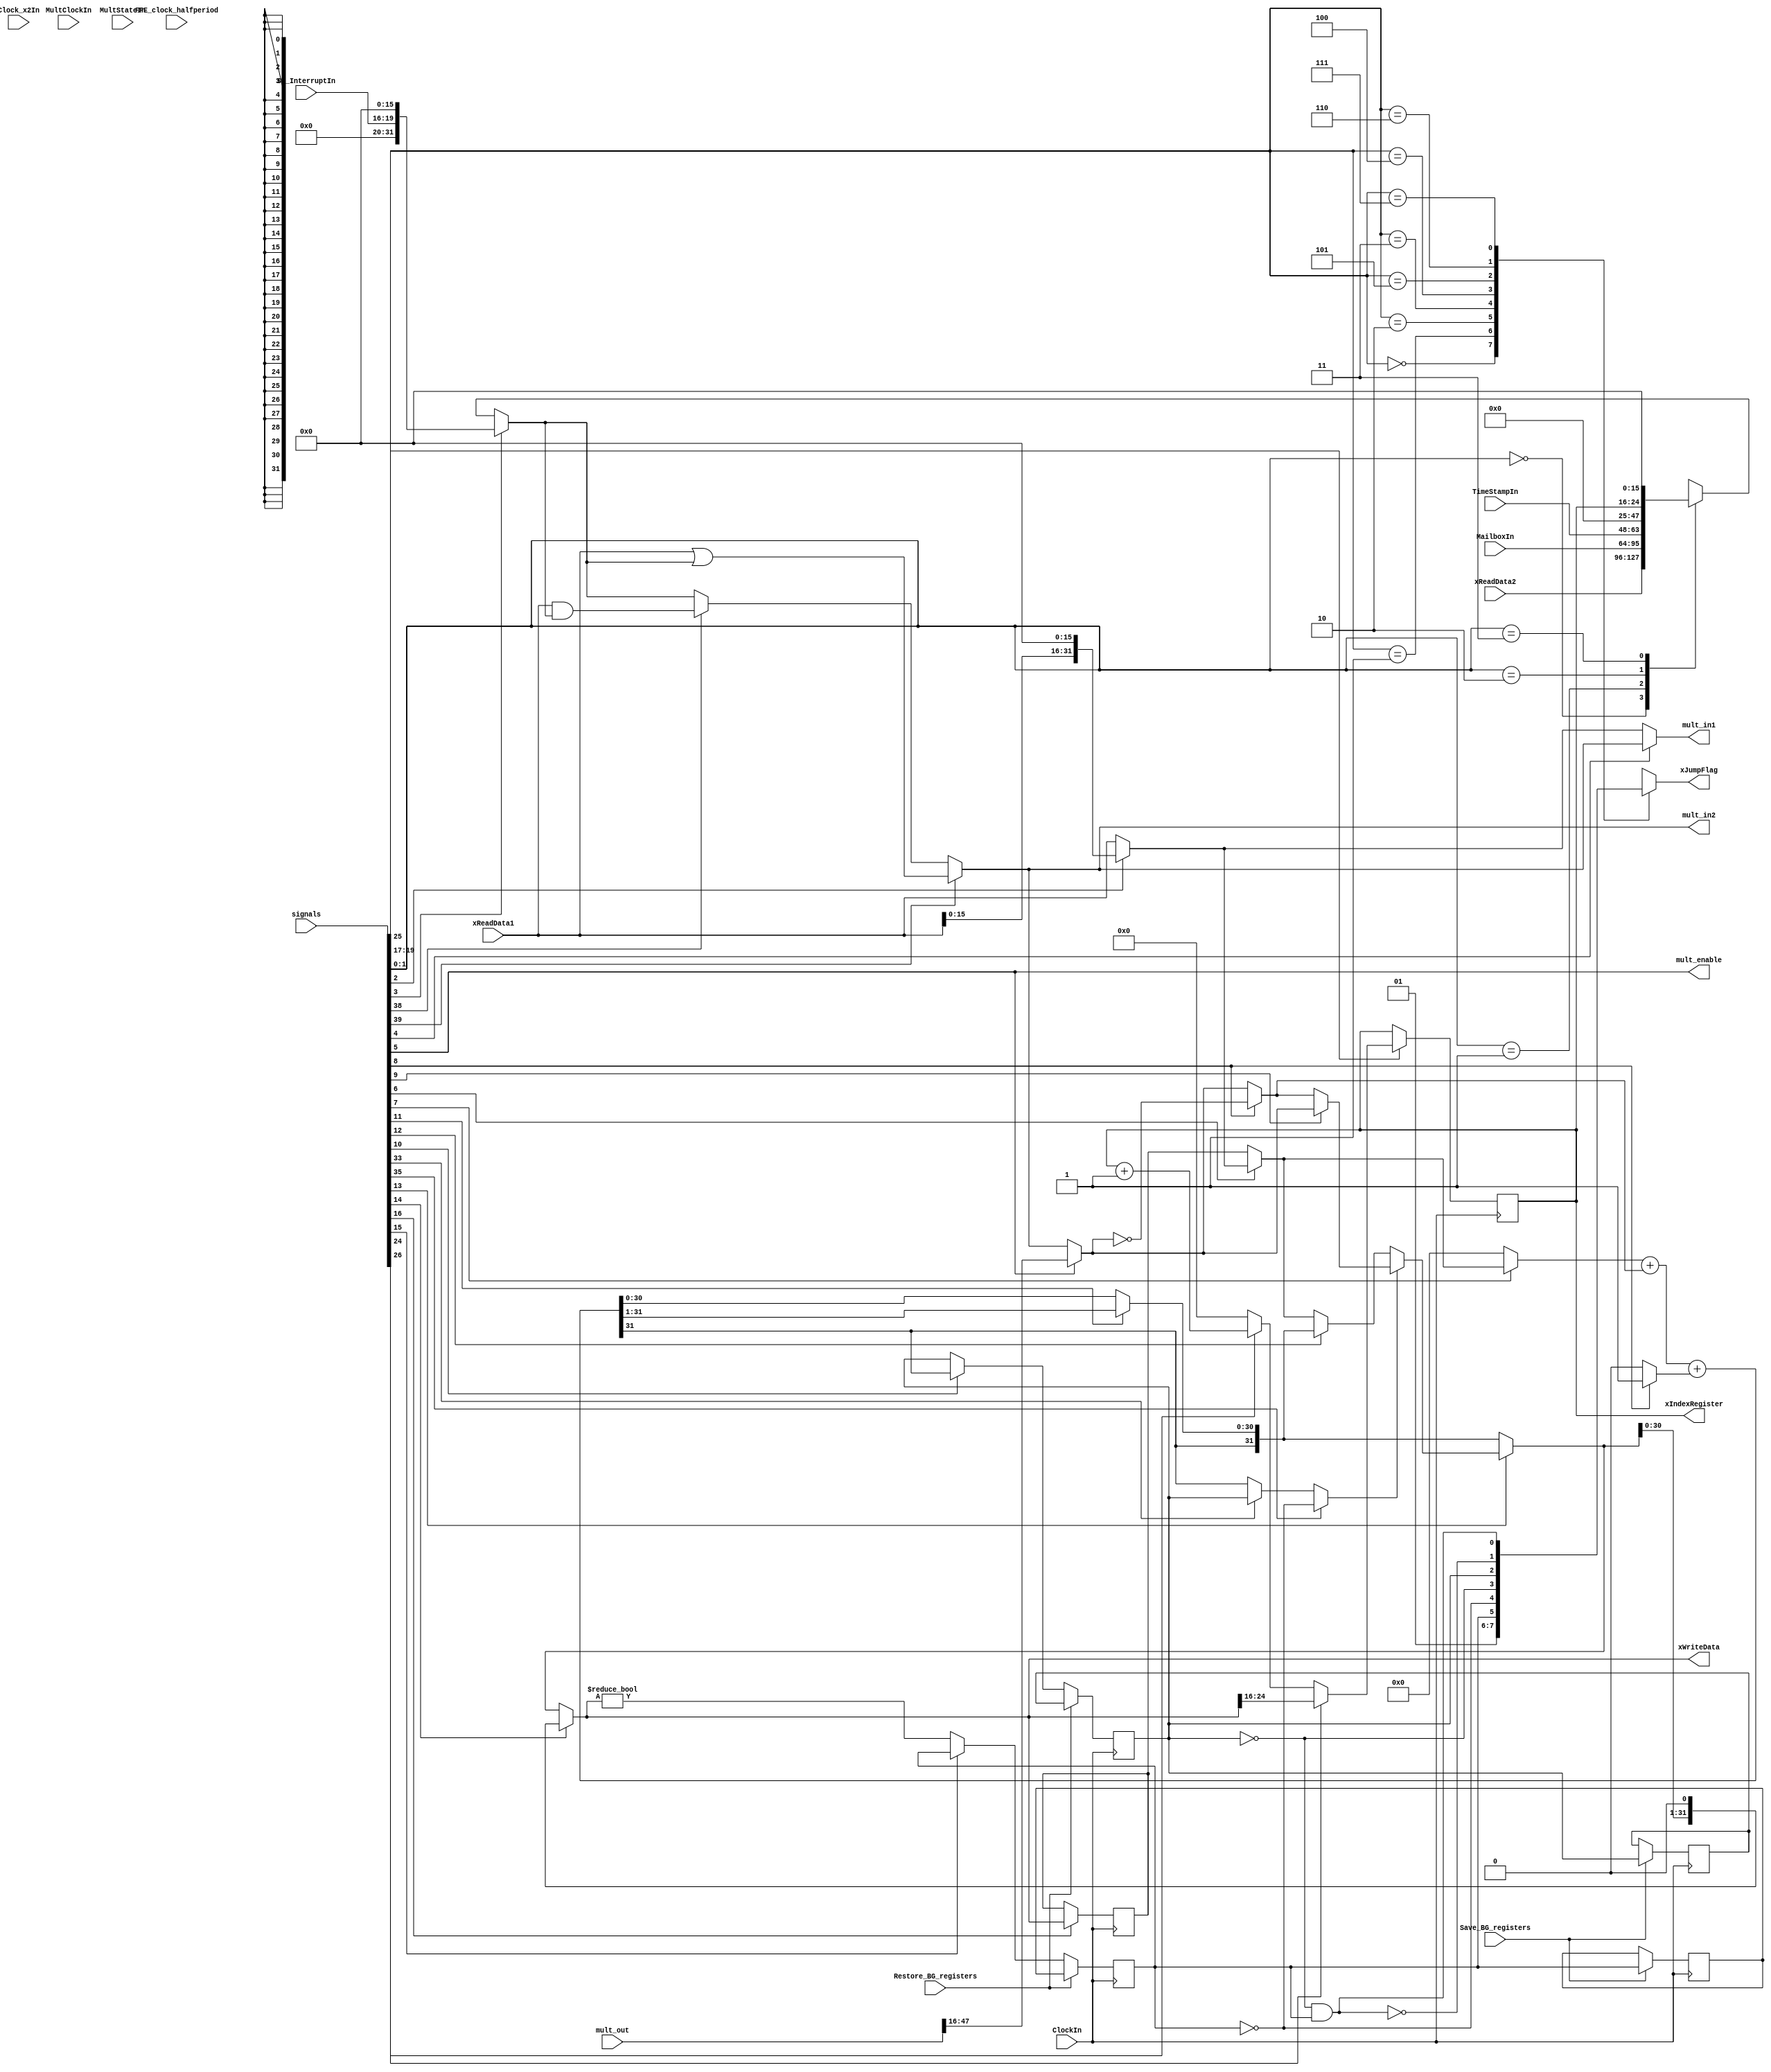
module FFE_ALU 	(	
	input 		[31:0] 	xReadData1,
	input 		[31:0] 	xReadData2,
	input 		[63:0] 	signals,
	input				ClockIn,
	input				Clock_x2In,
	input				FFE_clock_halfperiod,
	input		[15:0]	TimeStampIn,
	input		[31:0]	MailboxIn,
	input		[3:0]	SM_InterruptIn,
	input				MultClockIn,
	input		[3:0]	MultStateIn,
	output 		[8:0] 	xIndexRegister,
	output 		[31:0] 	xWriteData,
	output 	reg			xJumpFlag,
	input 				Save_BG_registers,
	input 				Restore_BG_registers,

	output		[31:0]	mult_in1,
	output		[31:0]	mult_in2,
	output				mult_enable,
	input		[63:0]	mult_out
);
 

wire		[31:0]	xT0, xT1, xT2;
//wire		[31:0]	xT3;		// defined below, depending on the multiplier implementation
wire		[31:0]	xT4;
reg			[31:0]	xT5;
wire		[31:0]	xT6, xT7, xT8, xT9;
wire		[31:0]	xT10, xT11, xT12, xT13, xT14, xT15, xT16, xT17, xT18, xT19, xT20, xT21, xT22;
reg			[31:0]	xT23;
wire		[31:0]	xT24, xT25;
wire		[8:0]	xT26, xT27, xT28;
reg			[8:0]	xT29;
wire		[31:0]	xT30;
wire signed	[31:0]	xT12_signed;
wire				f0;
reg					f2, f5, f2_BG, f5_BG;
wire				f3, f6;
reg					f2_latched, f2_BG_latched;
reg			[31:0]	xT5_latched;
reg					f5_latched, f5_BG_latched;
reg			[8:0]	xT29_latched;

// compiler options, from rtl_defines.v
// ENABLE_FFE_F0_EXTENDED_DM
// ENABLE_FFE_F0_SINGLE_DM
// ENABLE_FFE_F0_PROGRAMMABLE_SEG0_OFFSET
// FFE_F0_SEG0_OFFSET  [value]

// compiler directives related to CM size:
// ENABLE_FFE_F0_CM_SIZE_2K
// ENABLE_FFE_F0_CM_SIZE_4K
// ENABLE_FFE_F0_CM_SIZE_3K	(future support if needed)



// select the multiplier implementation
`define ASSP_MULT

`ifdef FullSingleCycle
	wire	[63:0]	xT3;
	wire	[63:0]	xT1extended, xT2extended;

	assign xT1extended[63:0]	= { {32{xT1[31]}}, xT1[31:0] };
	assign xT2extended[63:0]	= { {32{xT2[31]}}, xT2[31:0] };
	assign xT3					= xT1extended * xT2extended;
	assign xT4					= (xT3 >> 16);

`elsif Handicapped
	wire	[31:0]	xT3;
	assign xT3	= xT1 + xT2;	// replace multiplier with adder
	assign xT4	= xT3;

`elsif MultiCycle
	wire	[31:0]	xT3;
	Multiplier Multiplier_1 (
		.ClockIn	( MultClockIn	),
		.StateIn	( MultStateIn	),
		.Arg1In		( xT1			),
		.Arg2In		( xT2			),
		.ResultOut	( xT3			)
	);
	assign xT4	= xT3;

`elsif ASSP_MULT
	wire	[63:0]	xT3;

	assign xT3 = mult_out;
	assign xT4 = (xT3 >> 16);
				
`else
	wire	[31:0]	xT3;

	assign xT3 = 0;
	assign xT4 = 0;

`endif


// drive the outputs for the ASSP multiplier
assign mult_in1 = xT1;
assign mult_in2 = xT2;
assign mult_enable = signals[5];



assign xT22			= signals[2] ? (xReadData1<<16) : xReadData1;

always @(*)
	case (signals[1:0])
		2'b00:	xT23 <= xReadData2;
		2'b01:	xT23 <= MailboxIn;
		2'b10:	xT23 <= {TimeStampIn[15:0], 16'b0};
		2'b11:	xT23 <= {7'b0, xT29[8:0], 16'b0};	// IndexReg
	endcase

assign xT24			= signals[3] ? {12'b0, SM_InterruptIn[3:0], 16'b0} : xT23;
assign xT30			= xReadData1 & xT24;
assign xT9			= signals[38] ? xT30 : xT24;
assign xT21			= xReadData1 | xT24;
assign xT25			= signals[39] ? xT21 : xT9;

assign xT0			= signals[4] ? xT25 : xT22;

assign xT12_signed	= xT12;
// remove these muxes to save space
//assign xT1	= signals[5] ? xT0 : xT1;		// this mux (latch) keeps the multiplier inputs stable, to save power
//assign xT2	= signals[5] ? xT25 : xT2;		// this mux (latch) keeps the multiplier inputs stable, to save power
assign xT1		= xT0;
assign xT2		= xT25;

assign xT7		= signals[5] ? xT4 : xT25;
assign xT10		= signals[8] ? ~xT7 : xT7;
assign xT11		= signals[8] ? 32'b1 : 32'b0;
assign xT13		= signals[9] ? xT7 : xT10;
assign xT6		= signals[6] ? xT22 : xT5;
assign xT8		= signals[7] ? xT6 : 32'b0;
assign xT12		= xT8 + xT10 + xT11;
assign xT14		= (xT12_signed >>> 1);
assign xT16		= signals[11] ? xT14 : xT12;
assign xT19		= signals[12] ? xT16 : xT6;
assign f0		= xT12[31];

// Sign bit
`ifndef ENABLE_FFE_F0_SINGLE_DM
	// double DM, default behavior
	
	`ifdef ENABLE_FFE_F0_CM_SIZE_4K
		// 4k CM
		always @(posedge Clock_x2In) begin
			if (FFE_clock_halfperiod) begin
				if (Restore_BG_registers)
					f2 <= f2_BG;
				else
					f2 <= signals[10] ? f0 : f2;

				if (Save_BG_registers)
					f2_BG <= f2;
				else
					f2_BG <= f2_BG;
			end
		end

	`else
		// 2k CM
		always @(posedge ClockIn) begin
			if (Restore_BG_registers)
				f2 <= f2_BG;
			else
				f2 <= signals[10] ? f0 : f2;

			if (Save_BG_registers)
				f2_BG <= f2;
			else
				f2_BG <= f2_BG;
		end

	`endif

`else
	// single DM

	always @(posedge Clock_x2In) begin
		if (!FFE_clock_halfperiod) begin
			if (Restore_BG_registers)
				f2_latched <= f2_BG;
			else
				f2_latched <= signals[10] ? f0 : f2;

			if (Save_BG_registers)
				f2_BG_latched <= f2;
			else
				f2_BG_latched <= f2_BG;
		end
	end

	`ifdef ENABLE_FFE_F0_CM_SIZE_4K
		always @(posedge Clock_x2In) begin
			if (FFE_clock_halfperiod) begin
				f2 <= f2_latched;
				f2_BG <= f2_BG_latched;
			end
		end
	`else
		always @(posedge ClockIn) begin
			f2 <= f2_latched;
			f2_BG <= f2_BG_latched;
		end
	`endif

`endif


assign f6		= signals[33] ? (f2) : (f0);
assign f3		= signals[35] ? !f5 : f6;

assign xT15		= (f3) ? xT13 : xT19;
assign xT17		= signals[13] ? xT15 : xT16;
assign xT18		= (xT17 << 1);
assign xT20		= signals[14] ? xT18 : xT17;

assign xWriteData	= xT20;

// accumulator
`ifndef ENABLE_FFE_F0_SINGLE_DM
	// double DM, default behavior
	`ifdef ENABLE_FFE_F0_CM_SIZE_4K
		always @(posedge Clock_x2In) begin
			if (FFE_clock_halfperiod)
				xT5 <= signals[16] ? xT20 : xT5;
		end
	`else
		always @(posedge ClockIn) begin
			xT5 <= signals[16] ? xT20 : xT5;
		end
	`endif
`else
	// single DM
	always @(posedge Clock_x2In) begin
		if (!FFE_clock_halfperiod)
			xT5_latched <= signals[16] ? xT20 : xT5;
	end

	`ifdef ENABLE_FFE_F0_CM_SIZE_4K
		always @(posedge Clock_x2In)
			if (FFE_clock_halfperiod)
				xT5 <= xT5_latched;
	`else
		always @(posedge ClockIn)
			xT5 <= xT5_latched;
	`endif
`endif


// NEZ flag
`ifndef ENABLE_FFE_F0_SINGLE_DM
	// double DM, default behavior
	`ifdef ENABLE_FFE_F0_CM_SIZE_4K
		always @(posedge Clock_x2In) begin
			if (FFE_clock_halfperiod) begin
				if (Restore_BG_registers)
					f5 <= f5_BG;
				else
					f5 <= signals[15] ? f5 : (xT20 != 32'b0);

				if (Save_BG_registers)
					f5_BG <= f5;
				else
					f5_BG <= f5_BG;
			end
		end
	`else
		always @(posedge ClockIn) begin
			if (Restore_BG_registers)
				f5 <= f5_BG;
			else
				f5 <= signals[15] ? f5 : (xT20 != 32'b0);

			if (Save_BG_registers)
				f5_BG <= f5;
			else
				f5_BG <= f5_BG;
		end
	`endif
`else
	// single DM
	always @(posedge Clock_x2In) begin
		if (!FFE_clock_halfperiod) begin
			if (Restore_BG_registers)
				f5_latched <= f5_BG;
				//f5_latched <= f5_BG_latched;
			else
				f5_latched <= signals[15] ? f5 : (xT20 != 32'b0);
				//f5_latched <= signals[15] ? f5_latched : (xT20 != 32'b0);

			if (Save_BG_registers)
				f5_BG_latched <= f5;
				//f5_BG_latched <= f5_latched;
			else
				f5_BG_latched <= f5_BG;
				//f5_BG_latched <= f5_BG_latched;
		end
	end

	`ifdef ENABLE_FFE_F0_CM_SIZE_4K
		always @(posedge Clock_x2In) begin
			if (FFE_clock_halfperiod) begin
				f5 <= f5_latched;
				f5_BG <= f5_BG_latched;
			end
		end
	`else
		always @(posedge ClockIn) begin
			f5 <= f5_latched;
			f5_BG <= f5_BG_latched;
		end
	`endif
`endif


always @(*)
begin
	case ({signals[19], signals[18], signals[17]})
		3'b000: xJumpFlag = 1'b0;			// no jump
		3'b001: xJumpFlag = 1'b1;			// JMP			(unconditional jump)
		3'b010: xJumpFlag = f5;				// JMPNEZ		(jump if NEZflag)
		3'b011: xJumpFlag = !f5;			// JMPEQZ		(jump if !NEZflag)
		3'b100: xJumpFlag = !f2;			// JMPGEZ		(jump if !SignBit)
		3'b101: xJumpFlag = f2;				// JMPLTZ		(jump if SignBit)
		3'b110: xJumpFlag = !(!f2 && f5);	// JMPLEZ		(jump if SignBit or !NEZflag)
		3'b111: xJumpFlag = !f2 && f5;		// JMPGTZ		(jump if !SignBit and NEZflag)
		default: xJumpFlag = 1'b0;
	endcase
end


// Index register code
assign xT26	= xT29 + 1;
assign xT27	= signals[24] ? xT26 : 9'b0;
assign xT28	= signals[26] ? xT20[24:16] : xT27;	// assign the integer portion of xT20, or xT27

// Index Register
`ifndef ENABLE_FFE_F0_SINGLE_DM
	// double DM, default behavior

	`ifdef ENABLE_FFE_F0_CM_SIZE_4K
		always @(posedge Clock_x2In) begin
			if (FFE_clock_halfperiod) begin
				if (signals[25])
					xT29 <= xT28;
				else
					xT29 <= xT29;
				end
		end
	`else
		always @(posedge ClockIn) begin
			if (signals[25])
				xT29 <= xT28;
			else
				xT29 <= xT29;
		end
	`endif
`else
	// single DM

	always @(posedge Clock_x2In) begin
		if (!FFE_clock_halfperiod) begin
			if (signals[25])
				xT29_latched <= xT28;
			else
				xT29_latched <= xT29;
		end
	end

	`ifdef ENABLE_FFE_F0_CM_SIZE_4K
		always @(posedge Clock_x2In)
			if (FFE_clock_halfperiod)
				xT29 <= xT29_latched;
	`else
		always @(posedge ClockIn)
			xT29 <= xT29_latched;
	`endif

`endif

assign xIndexRegister = xT29;


// prevent logic duplication
//pragma attribute xT0 preserve_driver true
//pragma attribute xT1 preserve_driver true
//pragma attribute xT2 preserve_driver true
//pragma attribute xT3 preserve_driver true
//pragma attribute xT4 preserve_driver true
//pragma attribute xT5 preserve_driver true
//pragma attribute xT6 preserve_driver true
//pragma attribute xT7 preserve_driver true
//pragma attribute xT8 preserve_driver true
//pragma attribute xT9 preserve_driver true
//pragma attribute xT10 preserve_driver true
//pragma attribute xT11 preserve_driver true
//pragma attribute xT12 preserve_driver true
//pragma attribute xT13 preserve_driver true
//pragma attribute xT14 preserve_driver true
//pragma attribute xT15 preserve_driver true
//pragma attribute xT16 preserve_driver true
//pragma attribute xT17 preserve_driver true
//pragma attribute xT18 preserve_driver true
//pragma attribute xT19 preserve_driver true
//pragma attribute xT20 preserve_driver true
//pragma attribute xT20 preserve_driver true
//pragma attribute xT21 preserve_driver true
//pragma attribute xT22 preserve_driver true
//pragma attribute xT23 preserve_driver true
//pragma attribute xT24 preserve_driver true
//pragma attribute xT25 preserve_driver true
//pragma attribute xT26 preserve_driver true
//pragma attribute xT27 preserve_driver true
//pragma attribute xT28 preserve_driver true
//pragma attribute xT29 preserve_driver true
//pragma attribute xT30 preserve_driver true
//pragma attribute xT12_signed preserve_driver true
//pragma attribute f0 preserve_driver true
//pragma attribute f2 preserve_driver true
//pragma attribute f5 preserve_driver true
//pragma attribute f3 preserve_driver true
//pragma attribute f6 preserve_driver true


endmodule